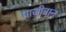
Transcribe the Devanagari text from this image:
पाजी़ट्रान